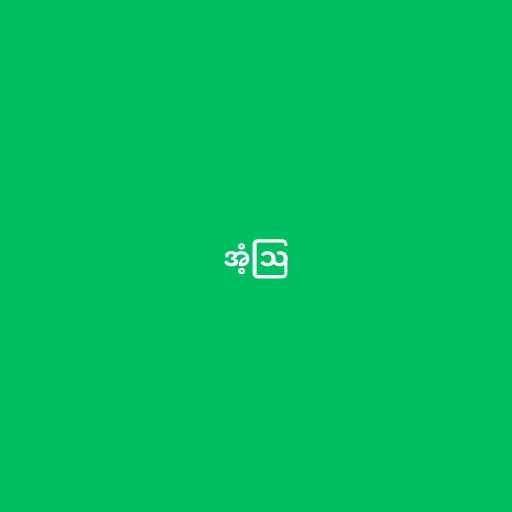
အံ့ဩ